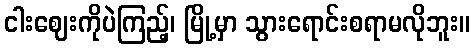
ငါးဈေးကိုပဲကြည့်၊ မြို့မှာ သွားရောင်းစရာမလိုဘူး။